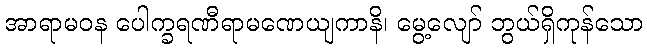
အာရာမဝန ပေါက္ခရဏီရာမဏေယျကာနိ၊ မွေ့လျော် ဘွယ်ရှိကုန်သော